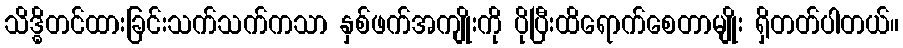
သိဒ္ဓိတင်ထားခြင်းသက်သက်ကသာ နှစ်ဖက်အကျိုးကို ပိုပြီးထိရောက်စေတာမျိုး ရှိတတ်ပါတယ်။